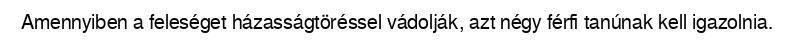
Amennyiben a feleséget házasságtöréssel vádolják, azt négy férfi tanúnak kell igazolnia.